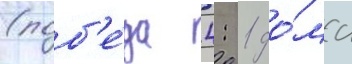
(поб'е́да 4: 1 до́ма